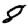
Digit: 8